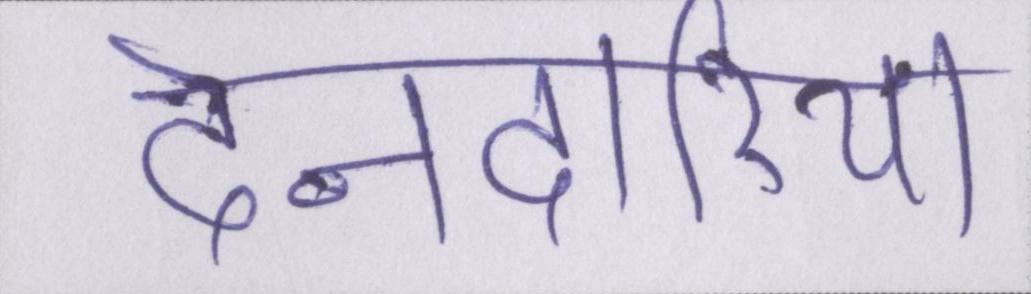
देनदारियां